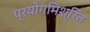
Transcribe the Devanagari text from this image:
प्रयोगमिश्रित